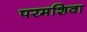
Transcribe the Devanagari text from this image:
परमशिवा